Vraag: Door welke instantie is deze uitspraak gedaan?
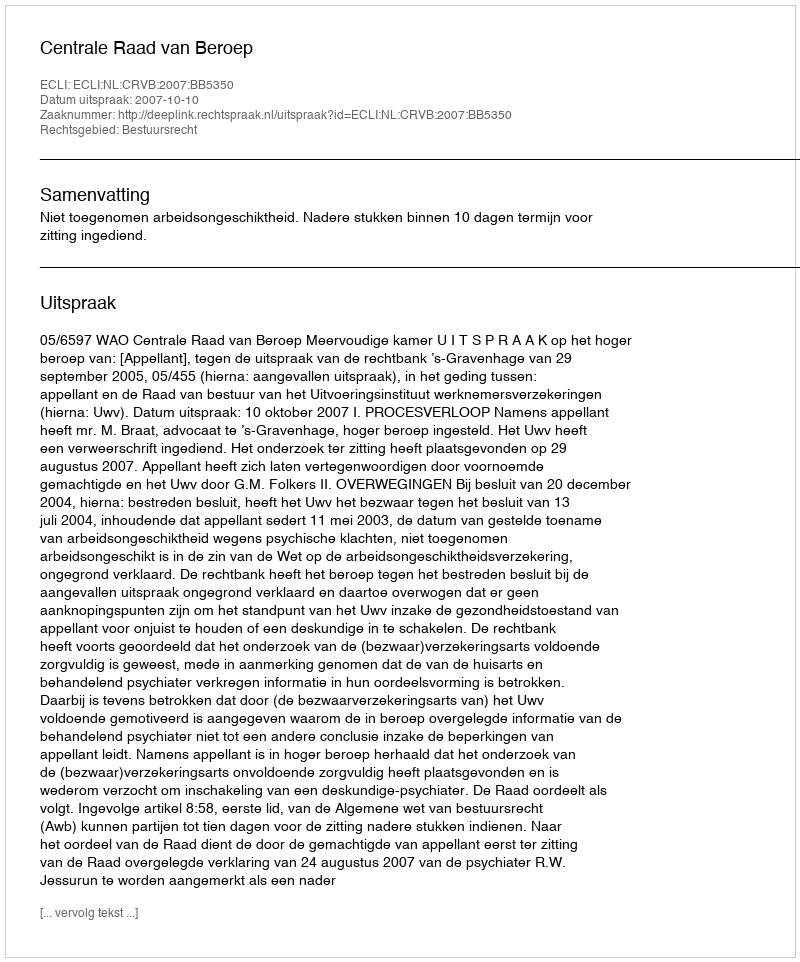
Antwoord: Centrale Raad van Beroep